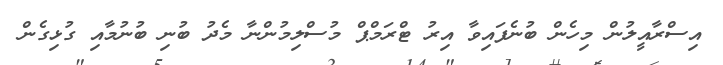
އިސްރާއީލުން މިހެން ބުނެފައިވާ އިރު ޓްރަމްޕް މުސްލިމުންނާ މެދު ބުނި ބުނުމާއި ގުޅިގެން